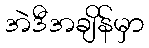
အဲဒီအချိန်မှာ